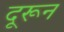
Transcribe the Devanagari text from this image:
दूरून